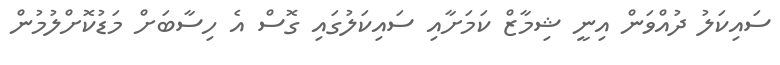
ސައިކަލު ދުއްވަން އިނީ ޝިމާޒް ކަމަށާއި ސައިކަލުގައި ގޮސް އެ ހިސާބަށް މަޑުކޮށްލުމުން